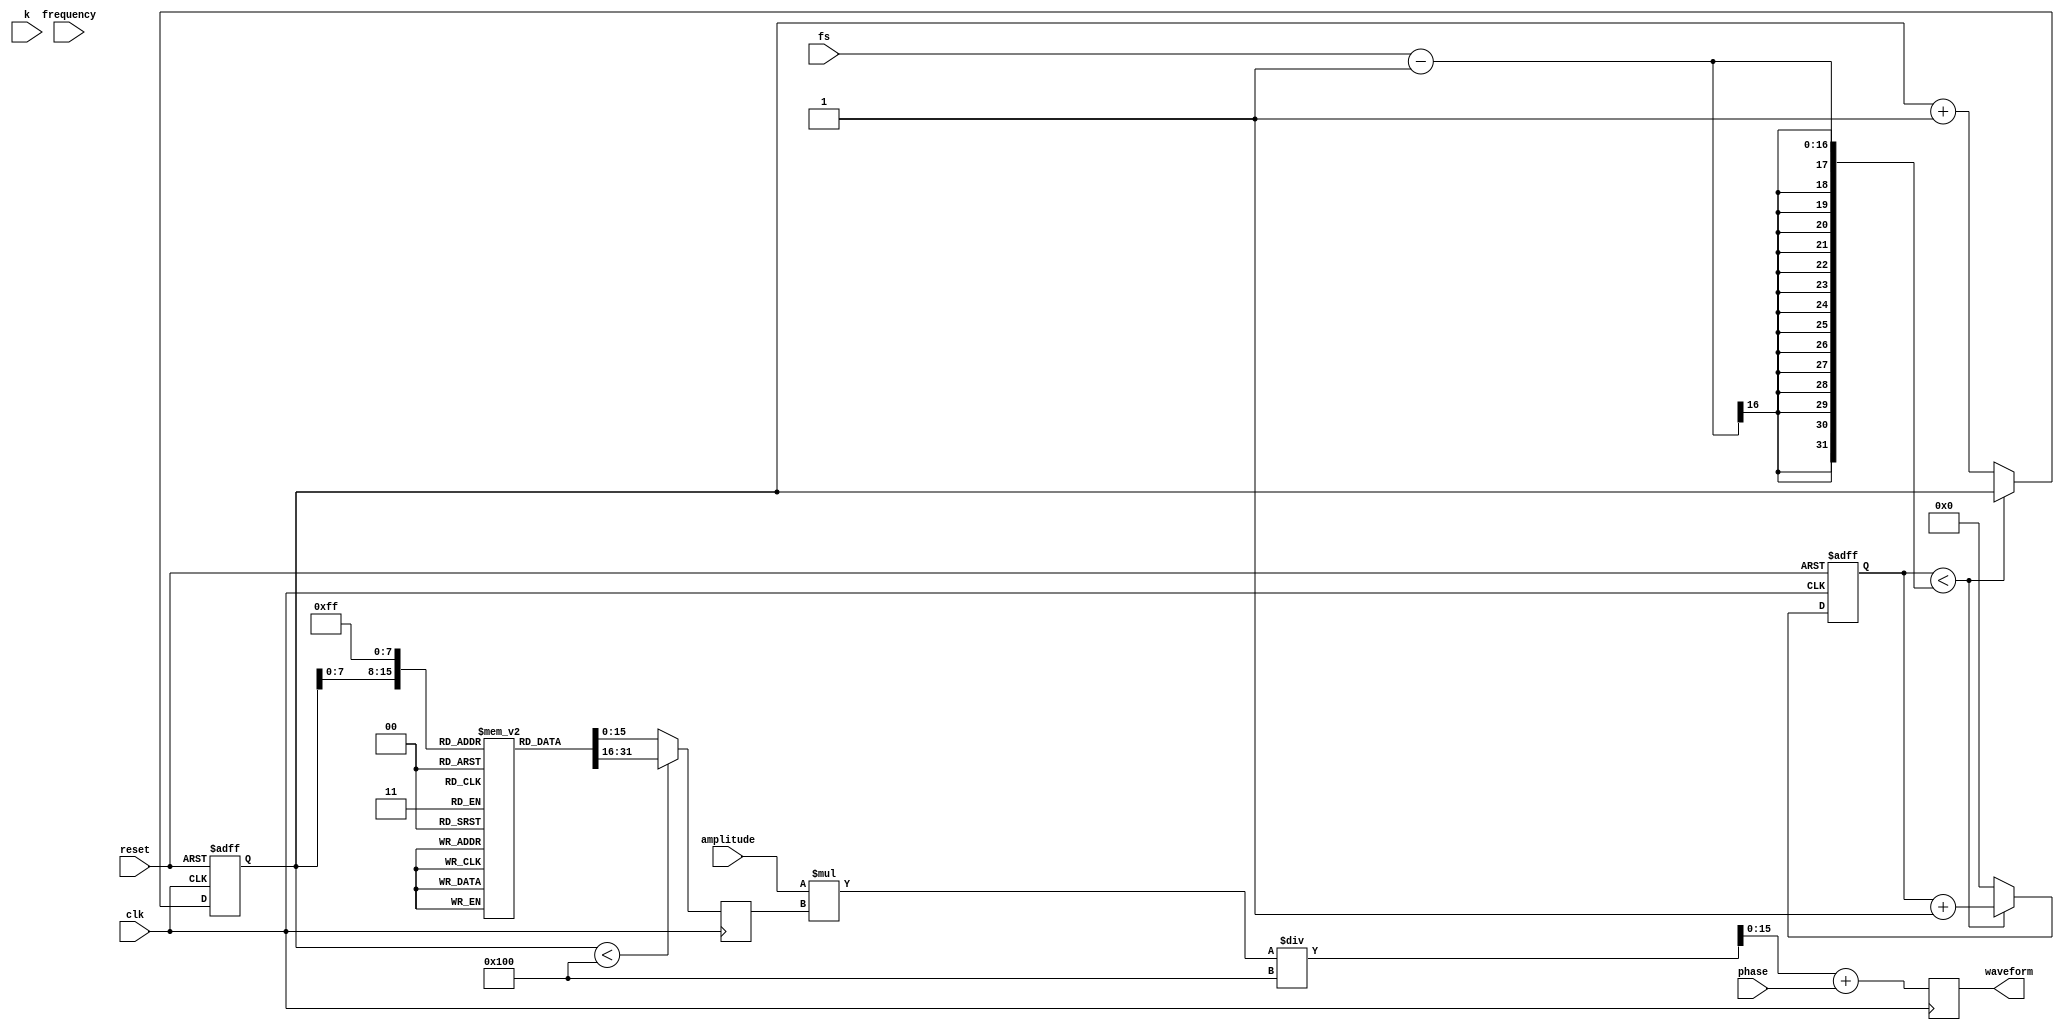
module LogarithmicWaveformGenerator (
    input wire clk,              // Clock signal
    input wire reset,            // Reset signal
    input wire [15:0] frequency, // Frequency input
    input wire [15:0] amplitude, // Amplitude input
    input wire [15:0] phase,     // Phase shift input
    input wire [15:0] k,         // Scaling factor
    input wire [15:0] fs,        // Sampling rate
    output reg [15:0] waveform   // Output waveform
);

    // Internal signals
    reg [31:0] counter;           // Time counter
    reg [15:0] t;                 // Time variable
    reg [15:0] log_value;         // Logarithmic value
    reg [15:0] log_base;          // Base of the logarithm (Can be a parameter)
    
    // Logarithm approximation using a simple lookup table (LUT)
    // This is a simple example, you may increase the size and resolution as needed
    reg [15:0] log_lut[0:255];   // LUT for log base 2 values
    
    initial begin
        // Initialize the lookup table for log2 values
        // Populate with appropriate values (example values)
        // log_lut[0] = 0; log_lut[1] = 0; log_lut[2] = 1; ... and so on
        // For simplicity, let's assume it is filled
        // Populate with actual logarithmic values as needed
    end

    // Counter logic to increment time variable
    always @(posedge clk or posedge reset) begin
        if (reset) begin
            counter <= 0;
            t <= 0;
        end else if (counter < fs - 1) begin
            counter <= counter + 1;
        end else begin
            counter <= 0;
            t <= t + 1; // Increment time variable
        end
    end

    // Calculate logarithmic value based on time variable
    always @(posedge clk) begin
        if (t < 256) begin // Ensure we are within LUT range
            log_value <= log_lut[t]; // Get log value from LUT
        end else begin
            log_value <= log_lut[255]; // Saturate if t exceeds LUT range
        end

        // Calculate the waveform value
        waveform <= amplitude * log_value / 256 + phase; // Scale and shift
    end
endmodule